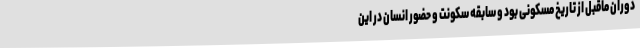
دوران ماقبل از تاریخ مسکونی بود و سابقه سکونت و حضور انسان در این